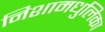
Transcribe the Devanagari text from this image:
निशामधुलिका